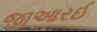
જીઆરઈ